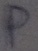
Text: P